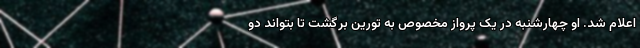
اعلام شد. او چهارشنبه در یک پرواز مخصوص به تورین برگشت تا بتواند دو